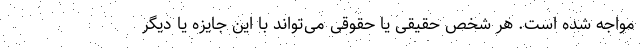
مواجه شده است. هر شخص حقیقی یا حقوقی می‌تواند با این جایزه یا دیگر